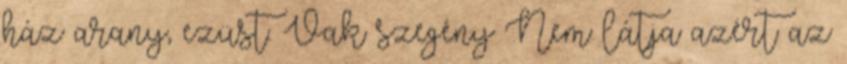
ház arany, ezüst. Vak szegény Nem látja azért az